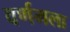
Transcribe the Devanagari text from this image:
वर्णमला